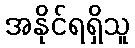
အနိုင်ရရှိသူ